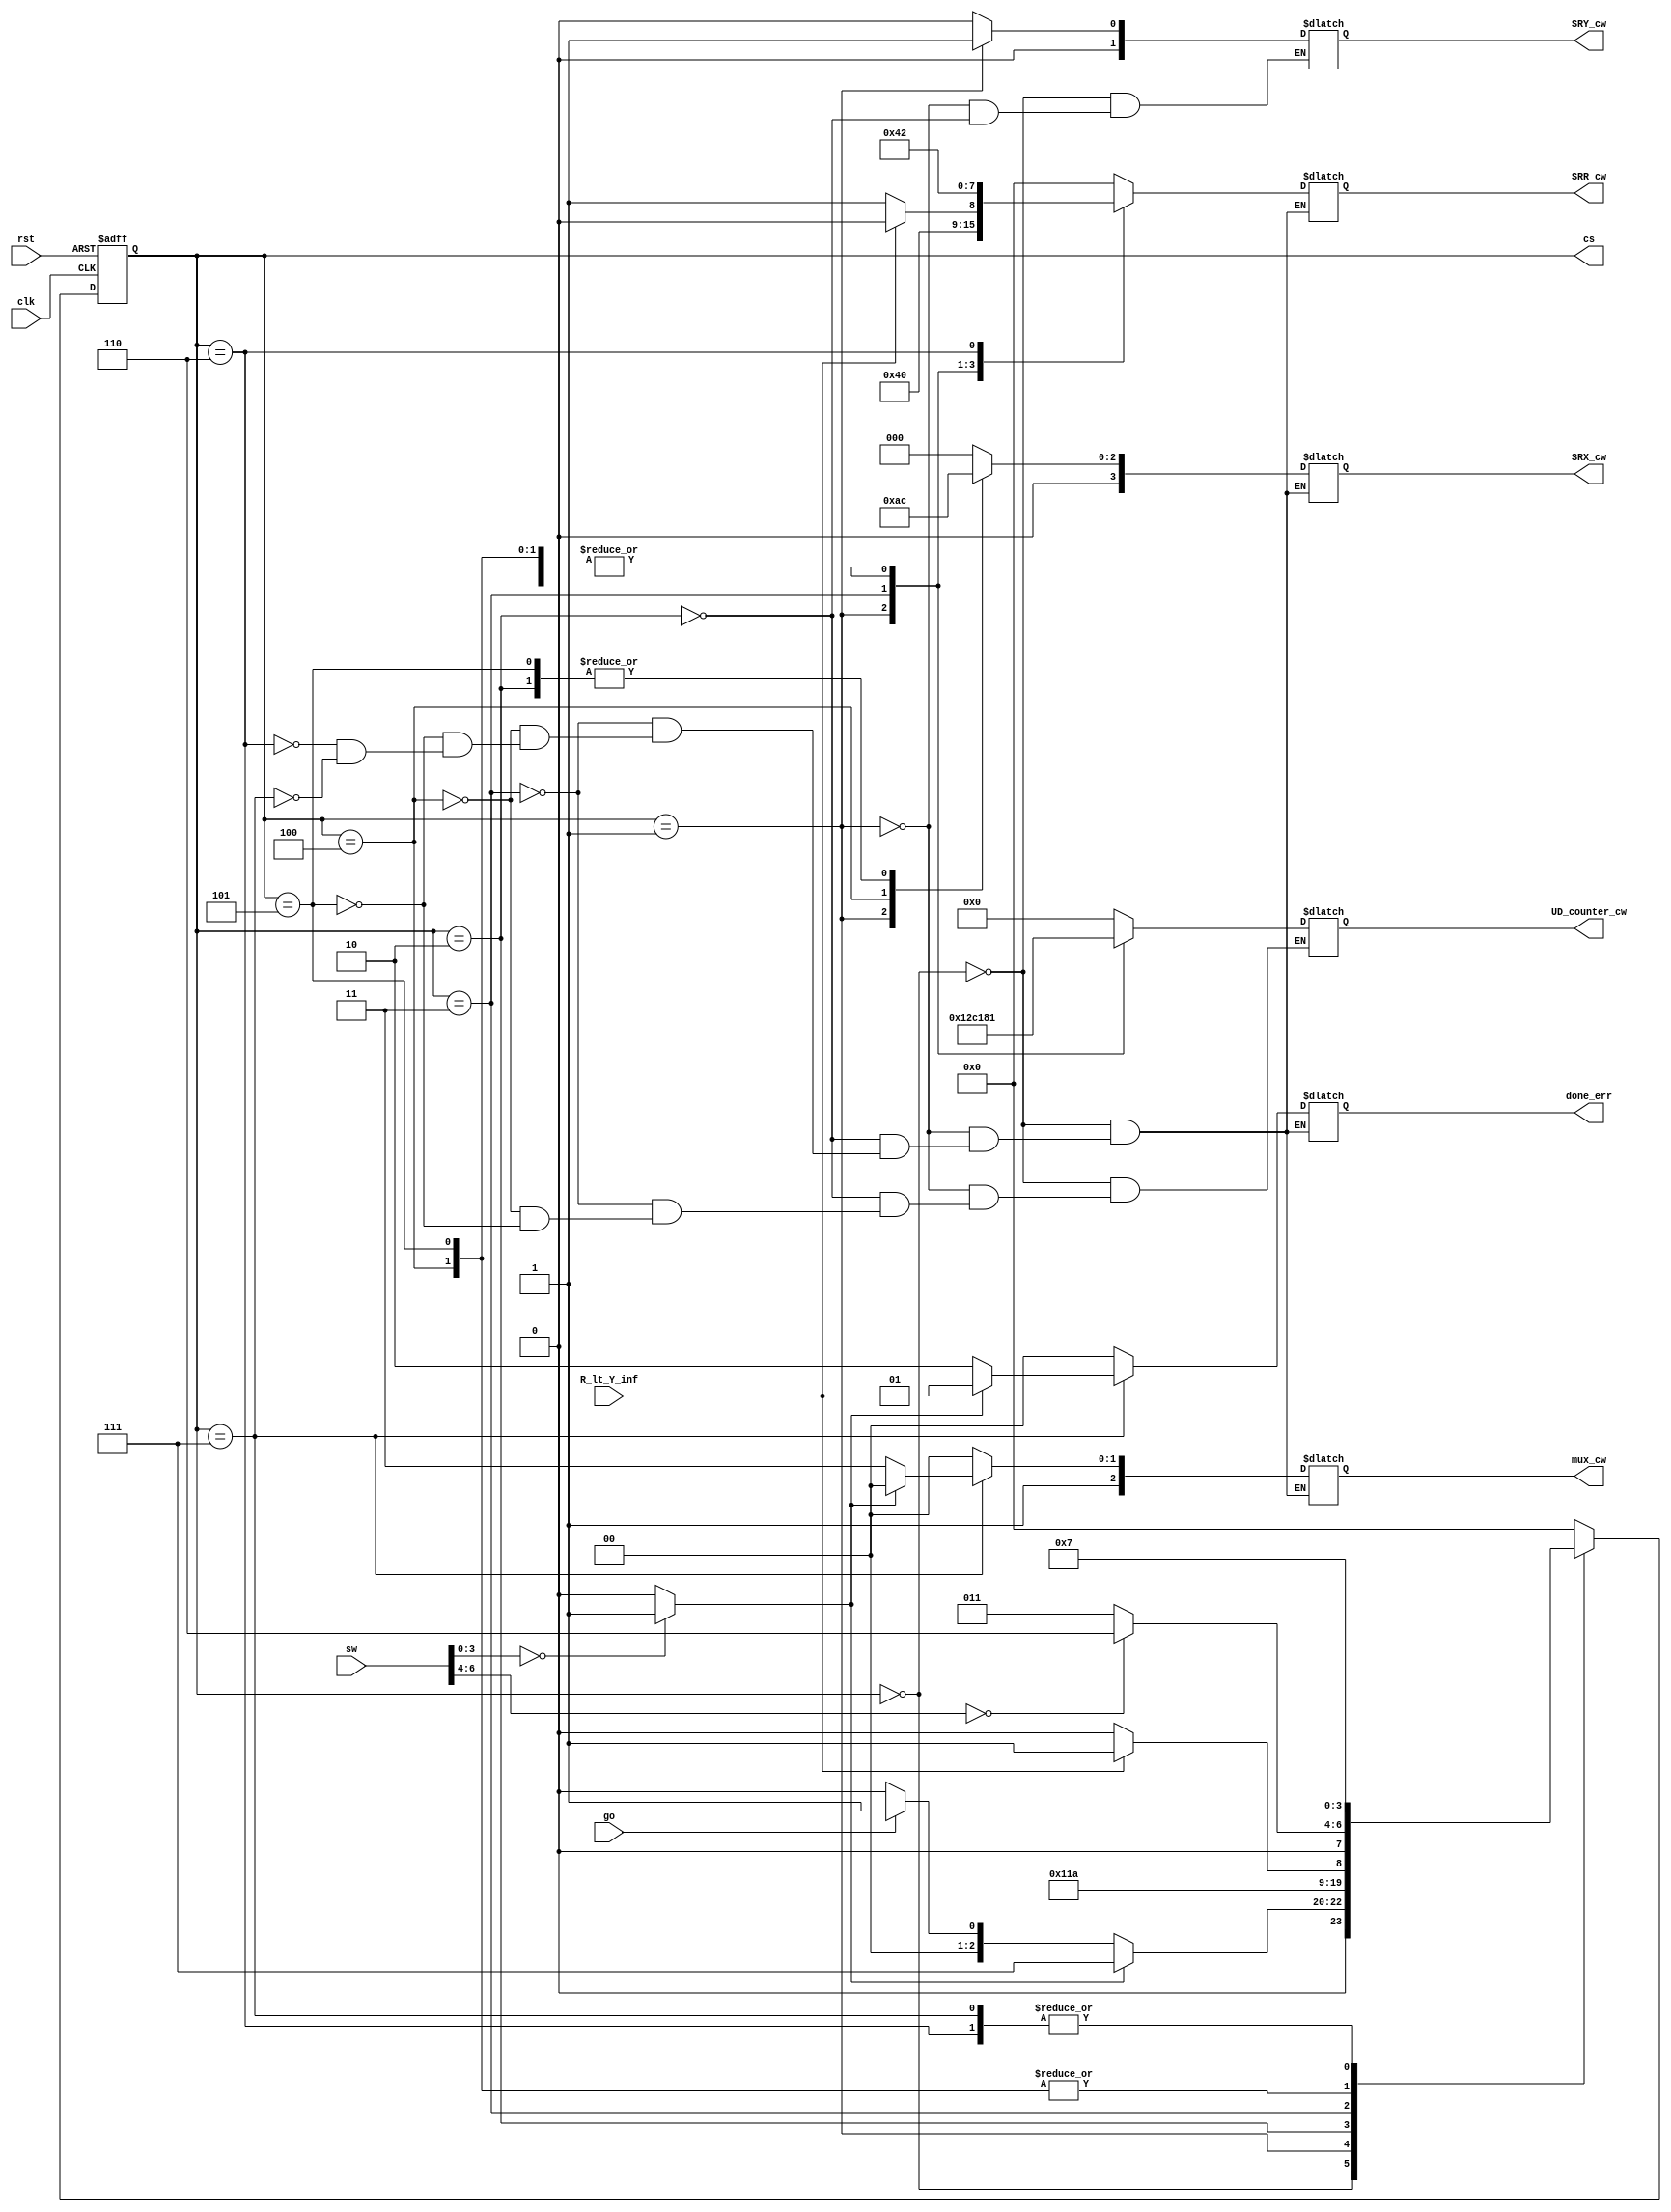
`timescale 1ns / 1ps
//////////////////////////////////////////////////////////////////////////////////
// Company: 
// Engineer: 
// 
// Design Name: 
// Module Name: CU
// Project Name: 
// Target Devices: 
// Tool Versions: 
// Description: 
// 
// Dependencies: 
// 
// Revision:
// Revision 0.01 - File Created
// Additional Comments:
// 
//////////////////////////////////////////////////////////////////////////////////


module Div_CU(
    input go, clk, rst, R_lt_Y_inf,
    input [7:0] sw,
    output reg [2:0] mux_cw,
    output reg [6:0] UD_counter_cw,
    output reg [3:0] SRX_cw,
    output reg [1:0] SRY_cw,
    output reg [3:0] SRR_cw,
    output reg [1:0] done_err,
    output [3:0] cs
);
    wire error;
    wire R_lt_Y;
    wire [2:0] cnt_out;
    wire [3:0] divisor;
    assign {R_lt_Y, cnt_out, divisor} = sw;
    assign error = (divisor == 0) ? 1 : 0;
    
    //encode states
    parameter S0 = 4'd0,
              S1 = 4'd1,
              S2 = 4'd2,
              S3 = 4'd3,
              S4 = 4'd4,
              S5 = 4'd5,
              S6 = 4'd6,
              S7 = 4'd7;
    
    //Next and Current State
    reg [3:0] CS, NS;
    
    //Next-State Logic (combinational) based on the state transition diagram
    always @ (CS, go)
    begin
        case(CS)
            S0:     
                begin
                    NS <= (go) ? S1 : S0;
                    if (error)
                        NS <= S7;
                end                     
            S1:      NS <= S2;
            S2:      NS <= S3;
            S3:      NS <= (R_lt_Y_inf) ? S5 : S4;    
            S4:      NS <= (cnt_out == 0) ? S6 : S3;
            S5:      NS <= (cnt_out == 0) ? S6 : S3;
            S6:      NS <= S7;
            S7:      NS <= S7;
            default: NS <= S0;
         endcase
    end
    
    //State Register (sequential)
    always @ (posedge clk, posedge rst)
        if (rst)
            CS <= S0;
        else
            CS <= NS;
    
    //Output Logic (combinational) based on output table
    always @ (CS)
    begin
        case(CS)               
            S0:
                begin
                    // UD_D, UD_ld, UD_ud, UD_ce, UD_rst
                    UD_counter_cw <= 7'b000_0_0_0_0;
                    // {SRX_rst, SRX_sl, SRX_ld, SRX_rightIn}
                    SRX_cw <= 4'b0_0_0_0;
                    // {SRY_rst, SRY_ld}
                    SRY_cw <= 2'b0_0;
                    // {SRR_rst, SRR_sl, SRR_sr, SRR_ld}
                    SRR_cw <= 4'b0_0_0_0;
                    mux_cw <= 3'b1_0_0;
                    done_err <= 2'b0_0;
                end
            S1:
                begin
                    // {SRR_rst, SRR_sl, SRR_sr, SRR_ld}
                    SRR_cw <= 4'b1_0_0_0;
                    // {SRX_rst, SRX_sl, SRX_ld, SRX_rightIn}
                    SRX_cw <= 4'b0_0_1_0;
                    // {SRY_rst, SRY_ld}
                    SRY_cw <= 2'b0_1;
                    
                     // UD_D, UD_ld, UD_ud, UD_ce, UD_rst
                    UD_counter_cw <= 7'b100_1_0_1_1;
                    
                    mux_cw <= 3'b1_0_0;
                    done_err <= 2'b0_0; 
                end         
            S2:
                begin
                    // UD_D, UD_ld, UD_ud, UD_ce, UD_rst
                    UD_counter_cw <= 7'b000_0_0_0_1;
                    
                    // {SRY_rst, SRY_ld}
                    SRY_cw <= 2'b0_0;
                    // {SRR_rst, SRR_sl, SRR_sr, SRR_ld}
                    SRR_cw <= 4'b0_1_0_0;
                    // {SRX_rst, SRX_sl, SRX_ld, SRX_rightIn}
                    SRX_cw <= 4'b0_1_0_0;
                    
                    mux_cw <= 3'b1_0_0;
                    done_err <= 2'b0_0;
                end         
            S3:
                begin
                    // {SRR_rst, SRR_sl, SRR_sr, SRR_ld}
                    if (!R_lt_Y_inf)
                         SRR_cw <= 4'b0_0_0_1;
                    else
                        SRR_cw <= 4'b0_0_0_0;
                    // {SRX_rst, SRX_sl, SRX_ld, SRX_rightIn}
                    SRX_cw <= 4'b0_0_0_0;
                    // UD_D, UD_ld, UD_ud, UD_ce, UD_rst
                    UD_counter_cw <= 7'b000_0_0_1_1;
                    
                    mux_cw <= 3'b1_0_0;
                    done_err <= 2'b0_0;
                                                
                end         
            S4:
                begin
                    // {SRR_rst, SRR_sl, SRR_sr, SRR_ld}
                    SRR_cw <= 4'b0_1_0_0;
                    // {SRX_rst, SRX_sl, SRX_ld, SRX_rightIn}
                    SRX_cw <= 4'b0_1_0_1;
                    // UD_D, UD_ld, UD_ud, UD_ce, UD_rst
                    UD_counter_cw <= 7'b000_0_0_0_1;
                    
                    mux_cw <= 3'b1_0_0;
                    done_err <= 2'b0_0;            
                end         
            S5:
                begin
                    // {SRR_rst, SRR_sl, SRR_sr, SRR_ld}
                    SRR_cw <= 4'b0_1_0_0;
                    // {SRX_rst, SRX_sl, SRX_ld, SRX_rightIn}
                    SRX_cw <= 4'b0_1_0_0;
                    // UD_D, UD_ld, UD_ud, UD_ce, UD_rst
                    UD_counter_cw <= 7'b000_0_0_0_1;
                    
                    mux_cw <= 3'b1_0_0;
                    done_err <= 2'b0_0;
                end         
            S6:
                begin
                    // {SRR_rst, SRR_sl, SRR_sr, SRR_ld}
                    SRR_cw <= 4'b0_0_1_0;
                    // {SRX_rst, SRX_sl, SRX_ld, SRX_rightIn}
                    SRX_cw <= 4'b0_0_0_0;
                    
                    
                    mux_cw <= 3'b1_0_0;
                    done_err <= 2'b0_0;
                end         
            S7:
                begin
                    if (error)
                        begin
                            // {SRR_rst, SRR_sl, SRR_sr, SRR_ld}
                            SRR_cw <= 4'b0_0_0_0;
                            // {SRX_rst, SRX_sl, SRX_ld, SRX_rightIn}
                            SRX_cw <= 4'b0_0_0_0;

                            mux_cw <= 3'b1_0_0;
                            done_err <= 2'b01;
                        end
                    else
                        begin
                            // {SRR_rst, SRR_sl, SRR_sr, SRR_ld}
                            SRR_cw <= 4'b0_0_0_0;
                            // {SRX_rst, SRX_sl, SRX_ld, SRX_rightIn}
                            SRX_cw <= 4'b0_0_0_0;

                            mux_cw <= 3'b1_1_1;
                            done_err <= 2'b10;
                        end
                end         
        endcase
    
    end
    
    assign cs = CS;
    
              
    
    
    
endmodule